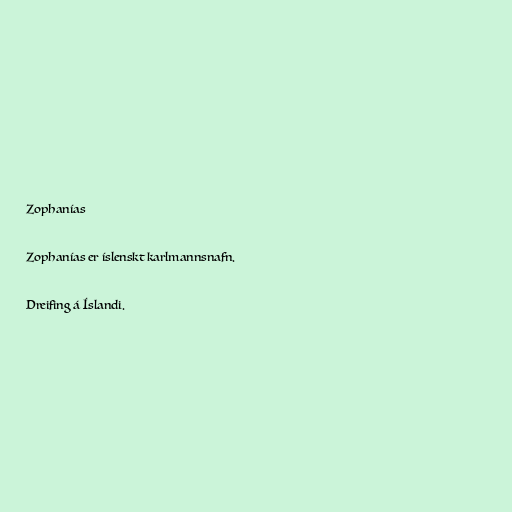
Zophanías

Zophanías er íslenskt karlmannsnafn.

Dreifing á Íslandi.